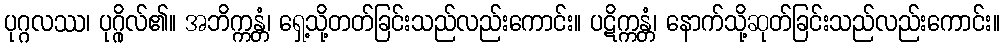
ပုဂ္ဂလဿ၊ ပုဂ္ဂိုလ်၏။ အဘိက္ကန္တံ၊ ရှေ့သို့တတ်ခြင်းသည်လည်းကောင်း။ ပဋိက္ကန္တံ၊ နောက်သို့ဆုတ်ခြင်းသည်လည်းကောင်း။